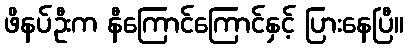
ဖိနပ်ဦးက နီကြောင်ကြောင်နှင့် ပြားနေပြီ။